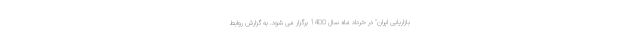
بازاریابی ایران" در خرداد ماه سال 1400 برگزار می شود. به گزارش روابط